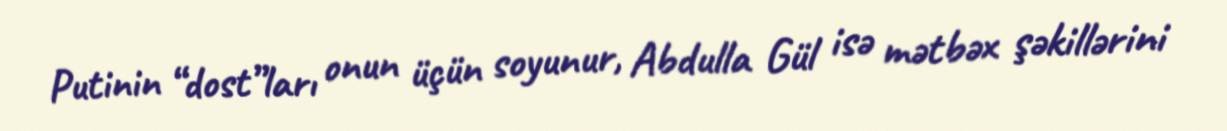
Putinin “dost”ları onun üçün soyunur, Abdulla Gül isə mətbəx şəkillərini